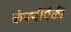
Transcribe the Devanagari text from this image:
कंपनींपैकी